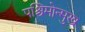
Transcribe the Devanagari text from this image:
पश्चिमोन्मुख